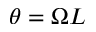
\theta = \Omega L